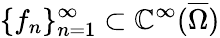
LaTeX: \{ f_{n}\} _{n=1}^{\infty}\subset\mathbb{C}^{\infty}(\overline{{{\Omega}}})